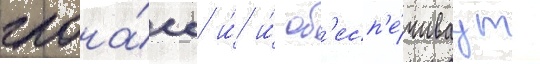
глона́сс и́ и́ об'есп'е́чиваут